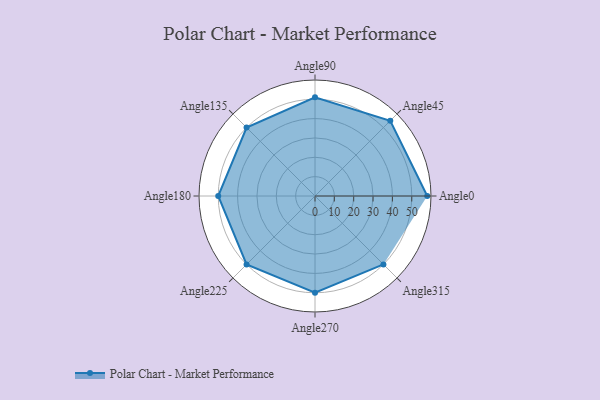
{"axis": {"x": "Angle", "y": "Radius"}, "legend": [""], "data": [{"x": "Angle0", "y": 58.0, "type": ""}, {"x": "Angle45", "y": 55.0, "type": ""}, {"x": "Angle90", "y": 51.0, "type": ""}, {"x": "Angle135", "y": 50, "type": ""}, {"x": "Angle180", "y": 50, "type": ""}, {"x": "Angle225", "y": 50, "type": ""}, {"x": "Angle270", "y": 50, "type": ""}, {"x": "Angle315", "y": 50, "type": ""}]}